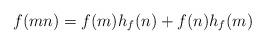
LaTeX: \begin{align*}f(mn)=f(m)h_f(n)+f(n)h_f(m)\end{align*}